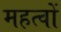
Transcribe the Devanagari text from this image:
महत्वों